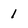
Character: 1